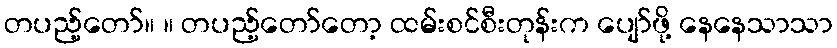
တပည့်တော်။ ။ တပည့်တော်တော့ ထမ်းစင်စီးတုန်းက ပျော်ဖို့ နေနေသာသာ